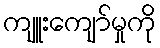
ကျူးကျော်မှုကို